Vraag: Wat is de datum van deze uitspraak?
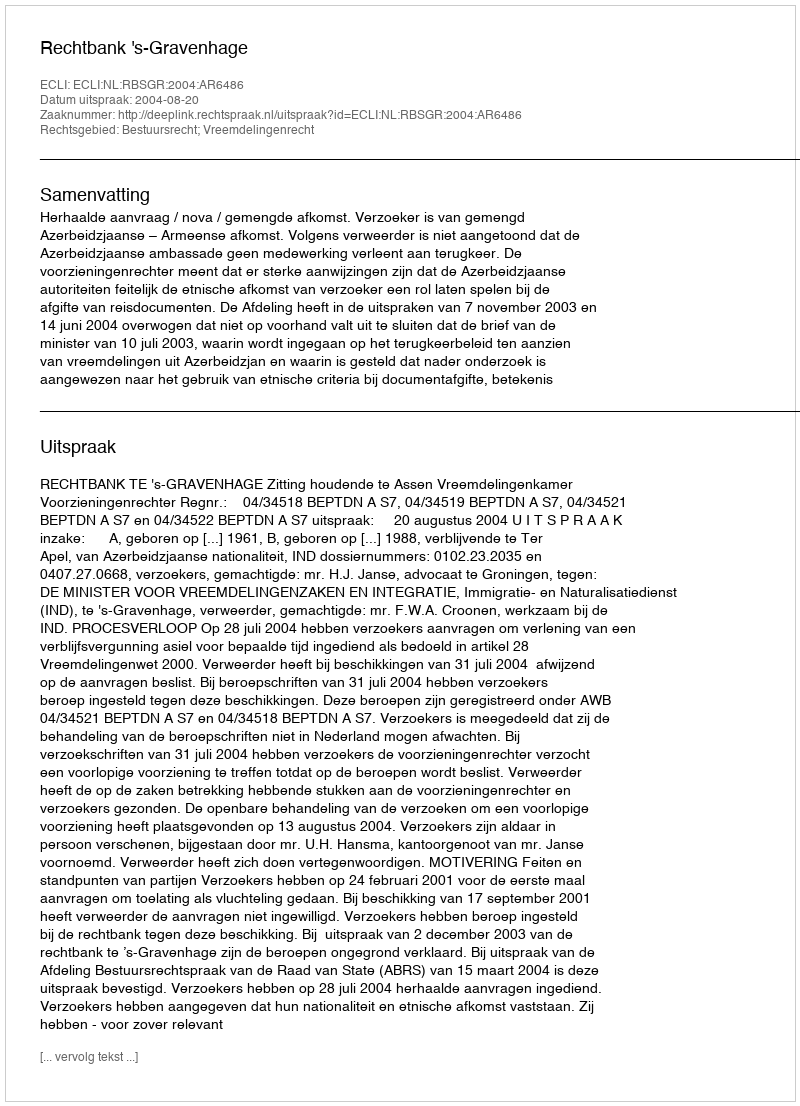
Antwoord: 2004-08-20